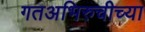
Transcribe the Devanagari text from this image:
गतअभिरुचीच्या